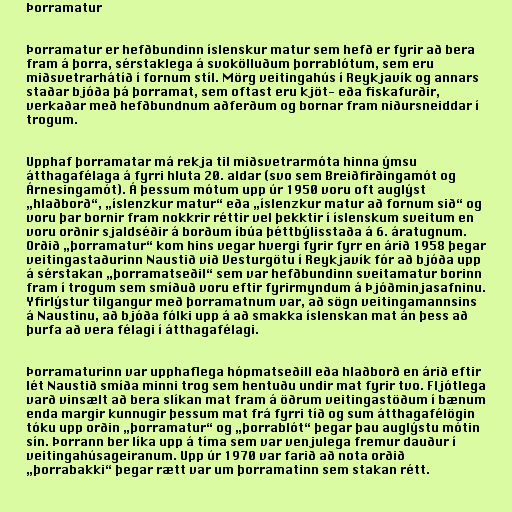
Þorramatur

Þorramatur er hefðbundinn íslenskur matur sem hefð er fyrir að bera
fram á þorra, sérstaklega á svokölluðum þorrablótum, sem eru
miðsvetrarhátíð í fornum stíl. Mörg veitingahús í Reykjavík og annars
staðar bjóða þá þorramat, sem oftast eru kjöt- eða fiskafurðir,
verkaðar með hefðbundnum aðferðum og bornar fram niðursneiddar í
trogum.

Upphaf þorramatar má rekja til miðsvetrarmóta hinna ýmsu
átthagafélaga á fyrri hluta 20. aldar (svo sem Breiðfirðingamót og
Árnesingamót). Á þessum mótum upp úr 1950 voru oft auglýst
„hlaðborð“, „íslenzkur matur“ eða „íslenzkur matur að fornum sið“ og
voru þar bornir fram nokkrir réttir vel þekktir í íslenskum sveitum en
voru orðnir sjaldséðir á borðum íbúa þéttbýlisstaða á 6. áratugnum.
Orðið „þorramatur“ kom hins vegar hvergi fyrir fyrr en árið 1958 þegar
veitingastaðurinn Naustið við Vesturgötu í Reykjavík fór að bjóða upp
á sérstakan „þorramatseðil“ sem var hefðbundinn sveitamatur borinn
fram í trogum sem smíðuð voru eftir fyrirmyndum á Þjóðminjasafninu.
Yfirlýstur tilgangur með þorramatnum var, að sögn veitingamannsins
á Naustinu, að bjóða fólki upp á að smakka íslenskan mat án þess að
þurfa að vera félagi í átthagafélagi.

Þorramaturinn var upphaflega hópmatseðill eða hlaðborð en árið eftir
lét Naustið smíða minni trog sem hentuðu undir mat fyrir tvo. Fljótlega
varð vinsælt að bera slíkan mat fram á öðrum veitingastöðum í bænum
enda margir kunnugir þessum mat frá fyrri tíð og sum átthagafélögin
tóku upp orðin „þorramatur“ og „þorrablót“ þegar þau auglýstu mótin
sín. Þorrann ber líka upp á tíma sem var venjulega fremur dauður í
veitingahúsageiranum. Upp úr 1970 var farið að nota orðið
„þorrabakki“ þegar rætt var um þorramatinn sem stakan rétt.